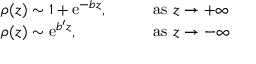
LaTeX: \begin{array} { l l } { { \displaystyle { \rho ( z ) \sim 1 + \mathrm { e } ^ { - b z } , } } } & { { \qquad \mathrm { a s ~ } z \rightarrow + \infty } } \\ { { \displaystyle { \rho ( z ) \sim \mathrm { e } ^ { b ^ { \prime } z } , } } } & { { \qquad \mathrm { a s ~ } z \rightarrow - \infty } } \end{array}